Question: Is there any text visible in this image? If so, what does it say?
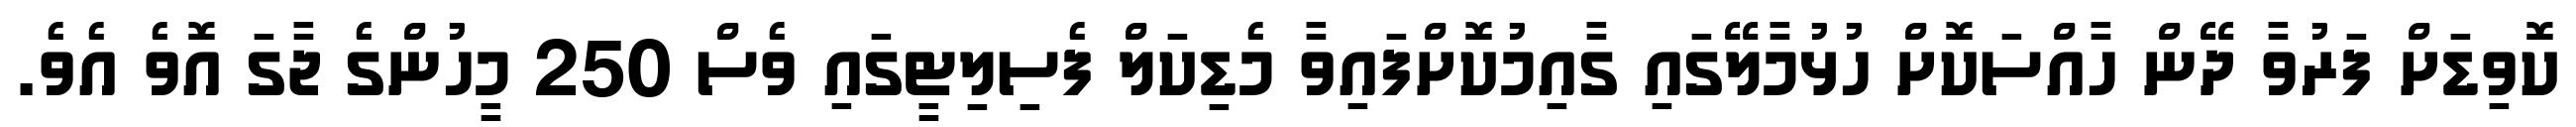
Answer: ކޮވިޑަށް ފަރުވާ ދޭން ހާއްސަކޮށް ހުޅުމާލޭގައި ގާއިމުކޮށްފައިވާ މެޑިކަލް ފެސިލިޓީގައި ވެސް 250 މީހުންގެ ޖާގަ އޮވެ އެވެ.